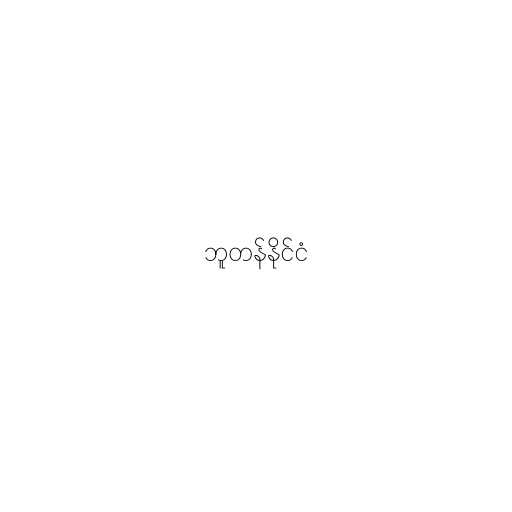
ဘူတန်နိုင်ငံ